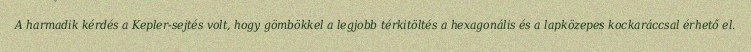
A harmadik kérdés a Kepler-sejtés volt, hogy gömbökkel a legjobb térkitöltés a hexagonális és a lapközepes kockaráccsal érhető el.